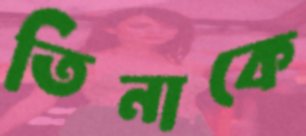
তিনাকে